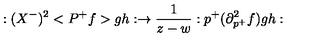
: ( X ^ { - } ) ^ { 2 } < P ^ { + } f > g h : \rightarrow \frac 1 { z - w } : p ^ { + } ( \partial _ { p ^ { + } } ^ { 2 } f ) g h :